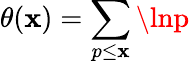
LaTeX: \theta(\mathbf{x})=\sum_{p\leq\mathbf{x}}\lnp